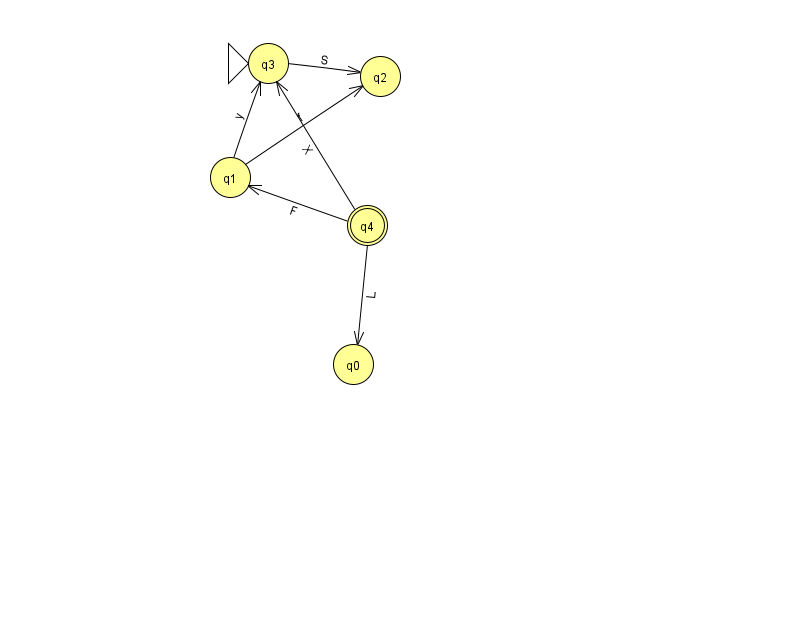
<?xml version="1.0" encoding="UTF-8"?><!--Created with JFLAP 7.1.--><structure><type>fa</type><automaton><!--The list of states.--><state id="0" name="q0"><x>353.0</x><y>351.0</y></state><state id="1" name="q1"><x>230.0</x><y>164.0</y></state><state id="2" name="q2"><x>380.0</x><y>63.0</y></state><state id="3" name="q3"><x>268.0</x><y>50.0</y><initial/></state><state id="4" name="q4"><x>367.0</x><y>212.0</y><final/></state><!--The list of transitions.--><transition><from>4</from><to>3</to><read>X</read></transition><transition><from>3</from><to>2</to><read>S</read></transition><transition><from>1</from><to>3</to><read>y</read></transition><transition><from>4</from><to>1</to><read>F</read></transition><transition><from>4</from><to>0</to><read>L</read></transition><transition><from>1</from><to>2</to><read>f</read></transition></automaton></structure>